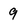
Character: 9